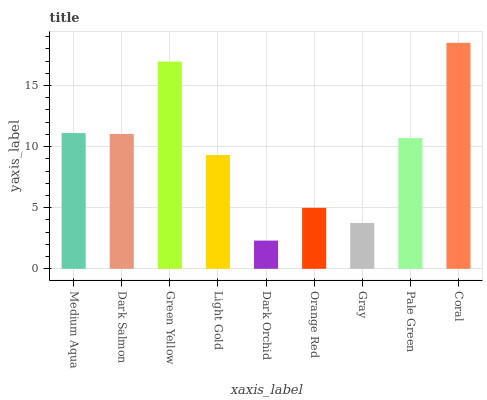
| xaxis_label | bars |
 | --- | --- |
 | Medium Aqua | 11.1 |
 | Dark Salmon | 11 |
 | Green Yellow | 17 |
 | Light Gold | 9.31 |
 | Dark Orchid | 2.31 |
 | Orange Red | 4.99 |
 | Gray | 3.75 |
 | Pale Green | 10.7 |
 | Coral | 18.5 |